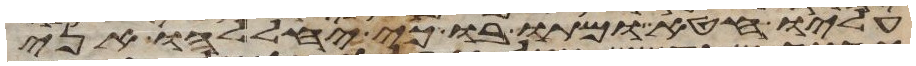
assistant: עליו חטא ומתו בו כי יחללהו אני